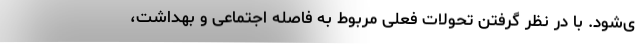
ی‌شود. با در نظر گرفتن تحولات فعلی مربوط به فاصله اجتماعی و بهداشت،